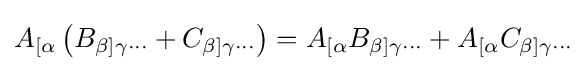
A_{[\alpha }\left(B_{\beta ]\gamma \cdots }+C_{\beta ]\gamma \cdots }\right)=A_{[\alpha }B_{\beta ]\gamma \cdots }+A_{[\alpha }C_{\beta ]\gamma \cdots }